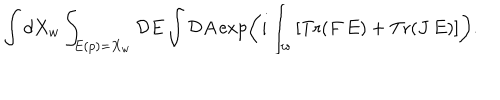
LaTeX: \int d X _ { w } \int _ { E ( p ) = X _ { w } } { \cal D } E \int { \cal D } A \exp \left( i \int _ { w } \left[ \mathrm { T r } ( F \, E ) + \mathrm { T r } ( J \, E ) \right] \right) .